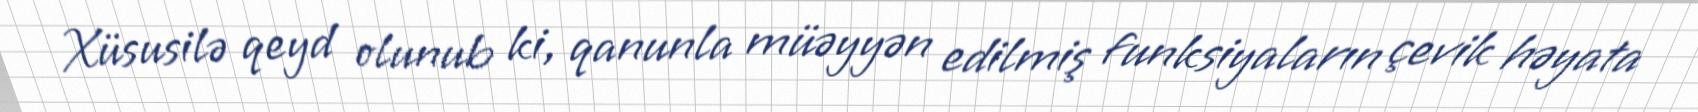
Xüsusilə qeyd olunub ki, qanunla müəyyən edilmiş funksiyaların çevik həyata